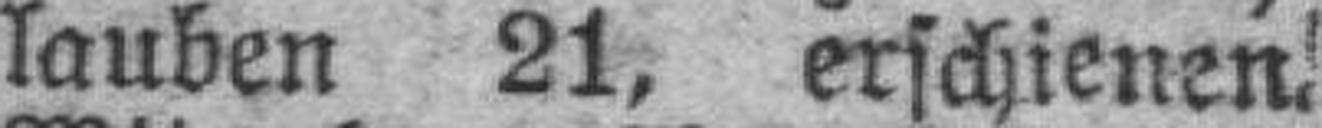
lauben 21, erschienen.